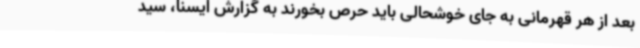
بعد از هر قهرمانی به جای خوشحالی باید حرص بخورند به گزارش ایسنا، سید